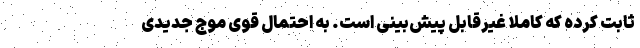
ثابت کرده که کاملا غیرقابل پیش‌بینی است. به احتمال قوی موج جدیدی